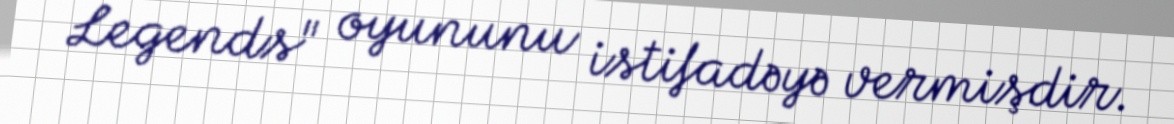
Legends" oyununu istifadəyə vermişdir.